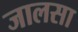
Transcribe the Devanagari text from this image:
जालसा